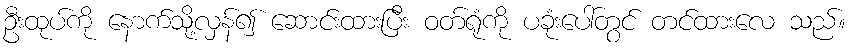
ဦးထုပ်ကို နောက်သို့လှန်၍ ဆောင်းထားပြီး ဝတ်ရုံကို ပခုံးပေါ်တွင် တင်ထားလေ သည်။